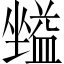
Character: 𡒪